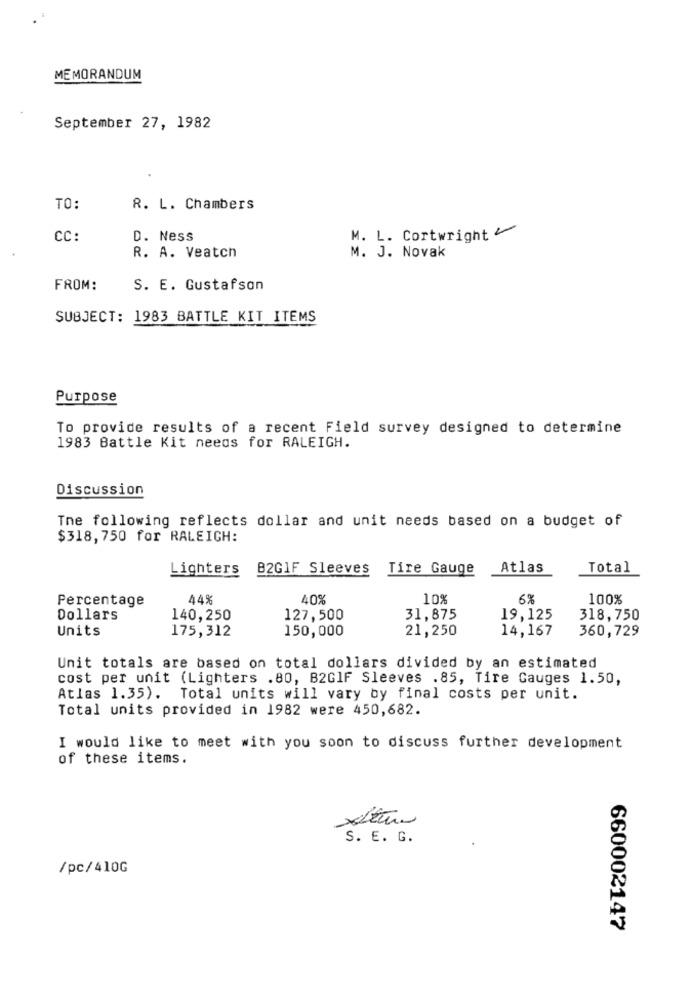
MEMORANDUM
September 27, 1982
TO:
R. L. Chambers
CC:
D. Ness
M. L. Cortwright
R. A. Veatch
M. J. Novak
FROM:
S. E. Gustafson
SUBJECT: 1983 BATTLE KIT ITEMS
Purpose
To provide results of a recent Field survey designed to determine
1983 Battle Kit needs for RALEIGH.
Discussion
The following reflects dollar and unit needs based on a budget of
$318,750 for RALEIGH:
Lighters
B2GIF Sleeves
Tire Gauge
Atlas
Total
Percentage
44%
40%
10%
6%
100%
Dollars
140,250
127,500
31,875
19,125
318,750
Units
175,312
150,000
21,250
14,167
360,729
Unit totals are based on total dollars divided by an estimated
cost per unit (Lighters .80, B2GIF Sleeves . 85, Tire Gauges 1.50,
Atlas 1.35). Total units will vary by final costs per unit.
Total units provided in 1982 were 450,682.
I would like to meet with you soon to discuss further development
of these items.
S. E. G.
/pc/410G
660002147